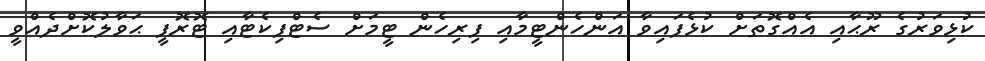
ކުޅިވަރުގެ ރޫޙާއި އެއްގޮތަށް ކުޅެފައިވާ އަންހެންޓީމާއި ފިރިހެން ޓީމަށް ސެޓްފިކެޓާއި ޓޮރޮފީ ޙަވާލުކޮށްދެއްވީ